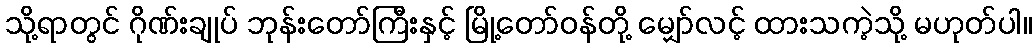
သို့ရာတွင် ဂိုဏ်းချုပ် ဘုန်းတော်ကြီးနှင့် မြို့တော်ဝန်တို့ မျှော်လင့် ထားသကဲ့သို့ မဟုတ်ပါ။